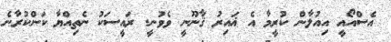
އެސްއޯއީ އިއުލާން ކުރީމާ އެ ޣައިރު ޤާނޫނީ ވެވުނީ. ރައީސަކު ނެތިއްޔާ ކަންކުރާނެ